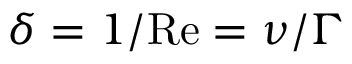
\delta = 1 / \mathrm { R e } = \nu / \Gamma